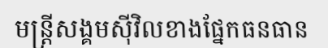
មន្ត្រីសង្គមស៊ីវិលខាងផ្នែកធនធាន